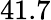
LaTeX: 41.7